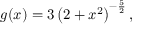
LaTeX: g ( x ) = 3 \left( 2 + x ^ { 2 } \right) ^ { - { \frac { 5 } { 2 } } } ,